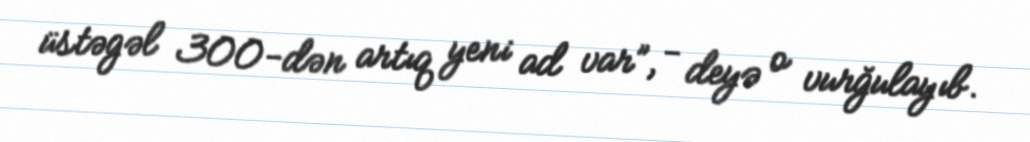
üstəgəl 300-dən artıq yeni ad var”, - deyə o vurğulayıb.